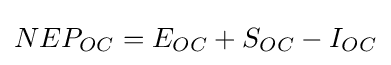
NEP_{OC}=E_{OC}+S_{OC}-I_{OC}